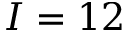
I = 1 2